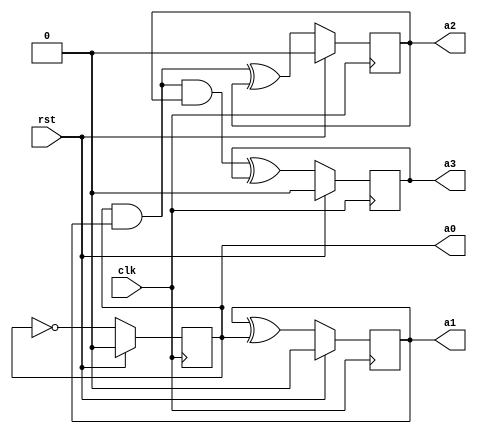
`timescale 1ns / 1ps
//////////////////////////////////////////////////////////////////////////////////
// Company: 
// Engineer: 
// 
// Design Name: 
// Module Name:    counter4bit 
// Project Name: 
// Target Devices: 
// Tool versions: 
// Description: 
//
// Dependencies: 
//
// Revision: 
// Revision 0.01 - File Created
// Additional Comments: 
//
//////////////////////////////////////////////////////////////////////////////////
module counter4bit(a0,a1,a2,a3,rst,clk);
    input rst, clk;
    output reg a0;
    output reg a1;
    output reg a2;
    output reg a3;

    always @(posedge clk) begin
        if(rst) begin
        a0 <= 1'b0;
        a1 <= 1'b0;
        a2 <= 1'b0;
        a3 <= 1'b0;
    end
    else begin
        a3 <= (a0 & a1 & a2) ^ a3;
        a2 <= (a0 & a1) ^ a2;
        a1 <= a1 ^ a0;
        a0 <= ~a0;
    end
    end
endmodule